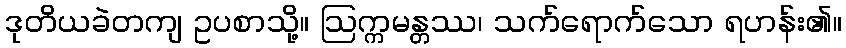
ဒုတိယခဲတကျ ဥပစာသို့။ ဩက္ကမန္တဿ၊ သက်ရောက်သော ရဟန်း၏။